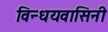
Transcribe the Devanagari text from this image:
विन्धयवासिनी